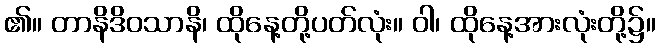
၏။ တာနိဒိဝသာနိ၊ ထိုနေ့တို့ပတ်လုံး။ ဝါ၊ ထိုနေ့အားလုံးတို့၌။